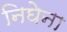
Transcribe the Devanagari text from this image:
निघेना